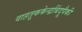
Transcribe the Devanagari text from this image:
वाहतूककेन्द्रबिंदूपैकी